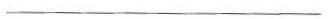
___